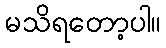
မသိရတော့ပါ။